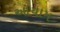
આયામ